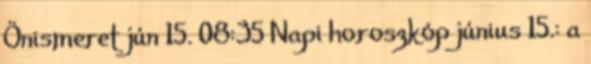
Önismeret jún 15. 08:35 Napi horoszkóp június 15.: a